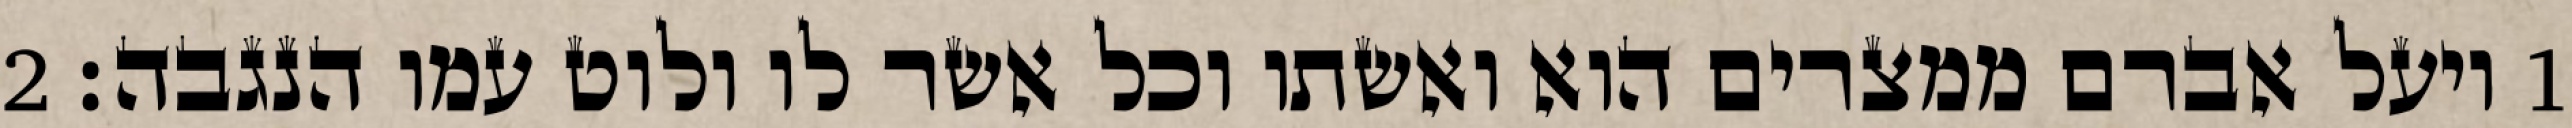
1 ויעל אברם ממצרים הוא ואשתו וכל אשר לו ולוט עמו הנגבה׃ ‎2‏